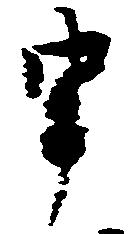
申